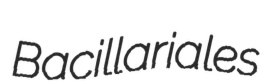
Bacillariales